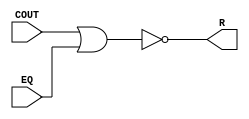
/* 
Mdulo para realizao de comparao entre dois nmeros
unsigned A e B, devolvendo R = 1 caso A < B,
dados o Carry out da soma pelo complemento de dois
do segundo (subtrao) e a igualdade.
 */
module ComparatorLTUnsigned (
  input wire COUT, EQ, // Entradas COUT e igualdade
  output wire R // Sada
);

  assign R = ~(COUT | EQ); // Expresso lgica derivada de tabela verdade
  
endmodule